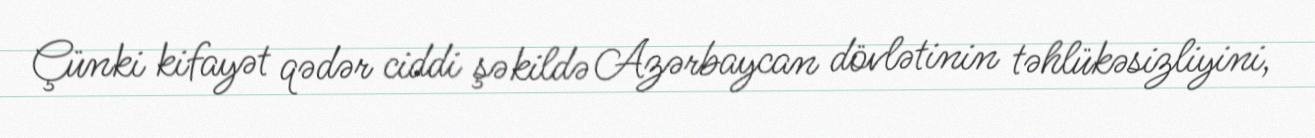
Çünki kifayət qədər ciddi şəkildə Azərbaycan dövlətinin təhlükəsizliyini,